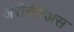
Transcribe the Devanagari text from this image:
अरीनेरिअस